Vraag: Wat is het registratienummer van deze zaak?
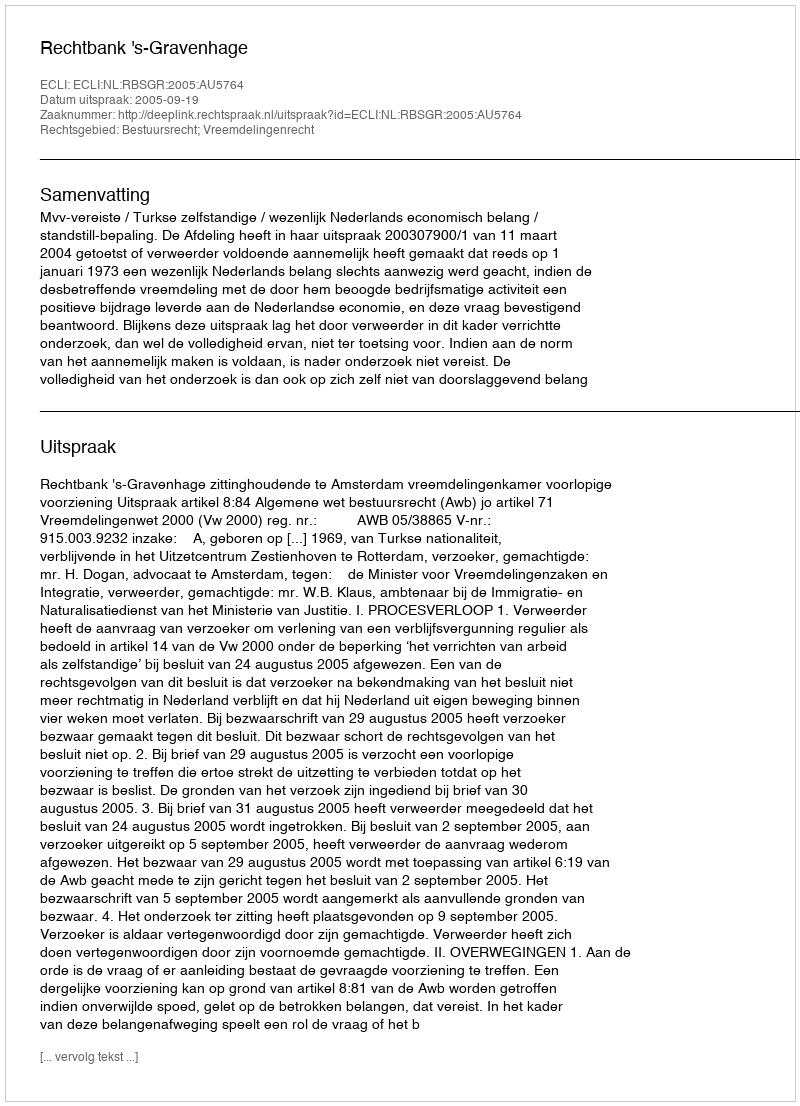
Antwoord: http://deeplink.rechtspraak.nl/uitspraak?id=ECLI:NL:RBSGR:2005:AU5764